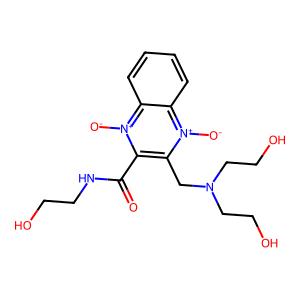
SMILES: O=C(NCCO)c1c(CN(CCO)CCO)[n+]([O-])c2ccccc2[n+]1[O-]
Inhibits HIV replication: No